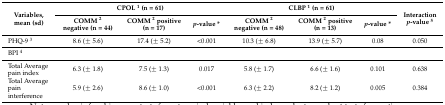
<table><thead><tr><td rowspan="2"><b>Variables, mean (sd)</b></td><td colspan="3"><b>CPOL <sup>1</sup> (n = 61)</b></td><td colspan="3"><b>CLBP <sup>1</sup> (n = 61)</b></td><td rowspan="2"><b>Interaction <i>p</i>-value <sup>5</sup></b></td></tr><tr><td><b>COMM <sup>2</sup> negative (n = 44)</b></td><td><b>COMM <sup>2</sup> positive (n = 17)</b></td><td><b><i>p</i>-value *</b></td><td><b>COMM <sup>2</sup> negative (n = 48)</b></td><td><b>COMM <sup>2</sup> positive (n = 13)</b></td><td><b><i>p</i>-value *</b></td></tr></thead><tbody><tr><td>PHQ-9 <sup>3</sup></td><td>8.6 (± 5.6)</td><td>17.4 (± 5.2)</td><td>&lt;0.001</td><td>10.3 (± 6.8)</td><td>13.9 (± 5.7)</td><td>0.08</td><td>0.050</td></tr><tr><td>BPI <sup>4</sup></td><td></td><td></td><td></td><td></td><td></td><td></td><td></td></tr><tr><td>Total Average pain index</td><td>6.3 (± 1.8)</td><td>7.5 (± 1.3)</td><td>0.017</td><td>5.8 (± 1.7)</td><td>6.6 (± 1.6) </td><td>0.101</td><td>0.638</td></tr><tr><td>Total Average pain interference</td><td>5.9 (± 2.6)</td><td>8.6 (± 1.0)</td><td>&lt;0.001</td><td>6.3 (± 2.2)</td><td>8.2 (± 1.2)</td><td>0.005</td><td>0.384</td></tr></tbody></table>